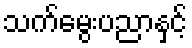
သက်မွေးပညာနှင့်